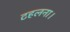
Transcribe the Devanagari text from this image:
टहलना।